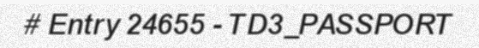
# Entry 24655 - TD3_PASSPORT